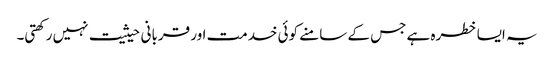
یہ ایسا خطرہ ہے جس کے سامنے کوئی خدمت اور قربانی حیثیت نہیں رکھتی۔